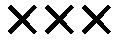
×××